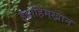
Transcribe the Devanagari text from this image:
इब्राहिमखान